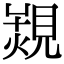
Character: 𧡠